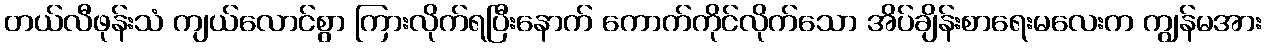
တယ်လီဖုန်းသံ ကျယ်လောင်စွာ ကြားလိုက်ရပြီးနောက် ကောက်ကိုင်လိုက်သော အိပ်ချိန်းစာရေးမလေးက ကျွန်မအား